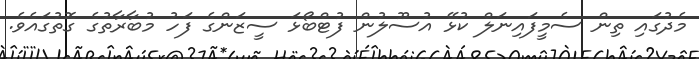
މެދުގައި ތިން ސެމީފައިނަލް ކުޅޭ އުސޫލުން ފުޓްބޯޅަ ސީޒަންގެ ފަހު މުބާރާތުގެ ގޮތުގައެވެ.